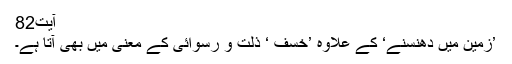
آیت82
’زمین میں دھنسنے‘ کے علاوہ ’خسف ‘ ذلت و رسوائی کے معنی میں بھی آتا ہے۔